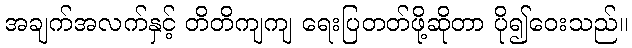
အချက်အလက်နှင့် တိတိကျကျ ရေးပြတတ်ဖို့ဆိုတာ ပို၍ဝေးသည်။